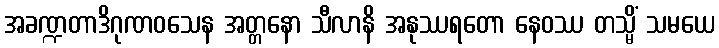
အခဏ္ဍတာဒိဂုဏဝသေန အတ္တနော သီလာနိ အနုဿရတော နေဝဿ တသ္မိံ သမယေ